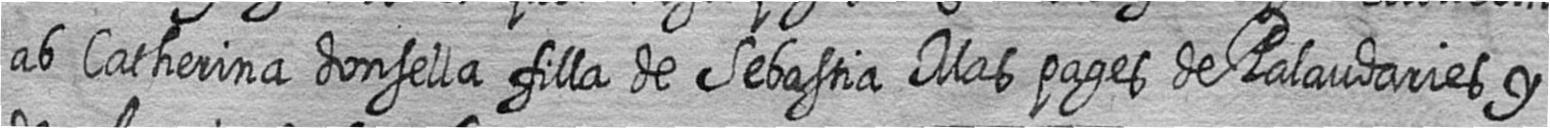
ab Catherina donsella filla de Sebastia Mas pages de Palaudaries y